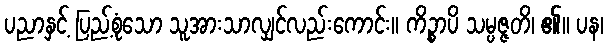
ပညာနှင့် ပြည့်စုံသော သူအားသာလျှင်လည်းကောင်း။ ကိဉ္စာပိ သမ္ပဇ္ဇတိ၊ ၏။ ပန၊